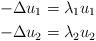
LaTeX: \begin{align*}-\Delta u_1 &= \lambda_1 u_1\\-\Delta u_2 &= \lambda_2 u_2\end{align*}